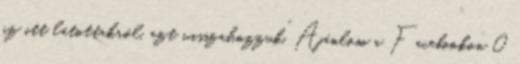
az itt látottakról, azt visszahozzuk”. Ajánlom a Facebookon 0